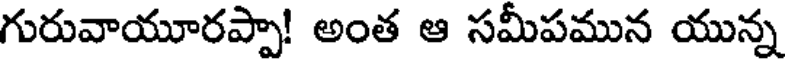
గురువాయూరప్పా! అంత ఆ సమీపమున యున్న